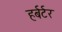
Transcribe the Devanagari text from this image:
हर्बर्टर